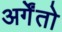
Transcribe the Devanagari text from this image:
अर्गेंतो